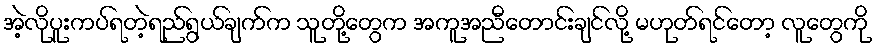
အဲ့လိုပူးကပ်ရတဲ့ရည်ရွယ်ချက်က သူတို့တွေက အကူအညီတောင်းချင်လို့ မဟုတ်ရင်တော့ လူတွေကို